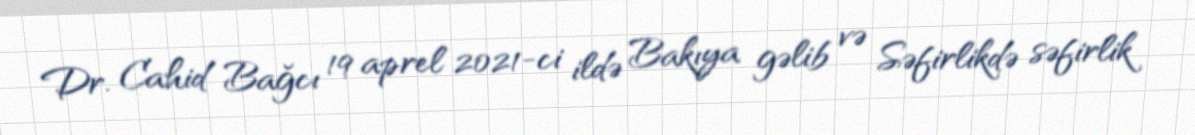
Dr. Cahid Bağcı 19 aprel 2021-ci ildə Bakıya gəlib və Səfirlikdə səfirlik